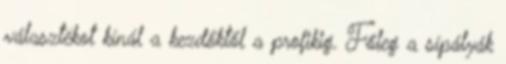
választékot kínál a kezdőktől a profikig. Főleg a sípályák